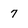
Character: 7